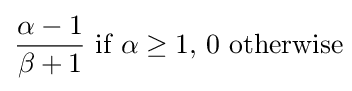
{\frac {\alpha -1}{\beta +1}}{\text{ if }}\alpha \geq 1{\text{, 0 otherwise}}\!